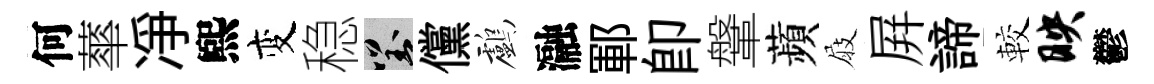
何蕐凈煕变稳對儻鸕瀜鄆卽鞶蘋屐屛諦較映鬱